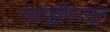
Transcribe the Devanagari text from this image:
त्यापूर्वीपासून